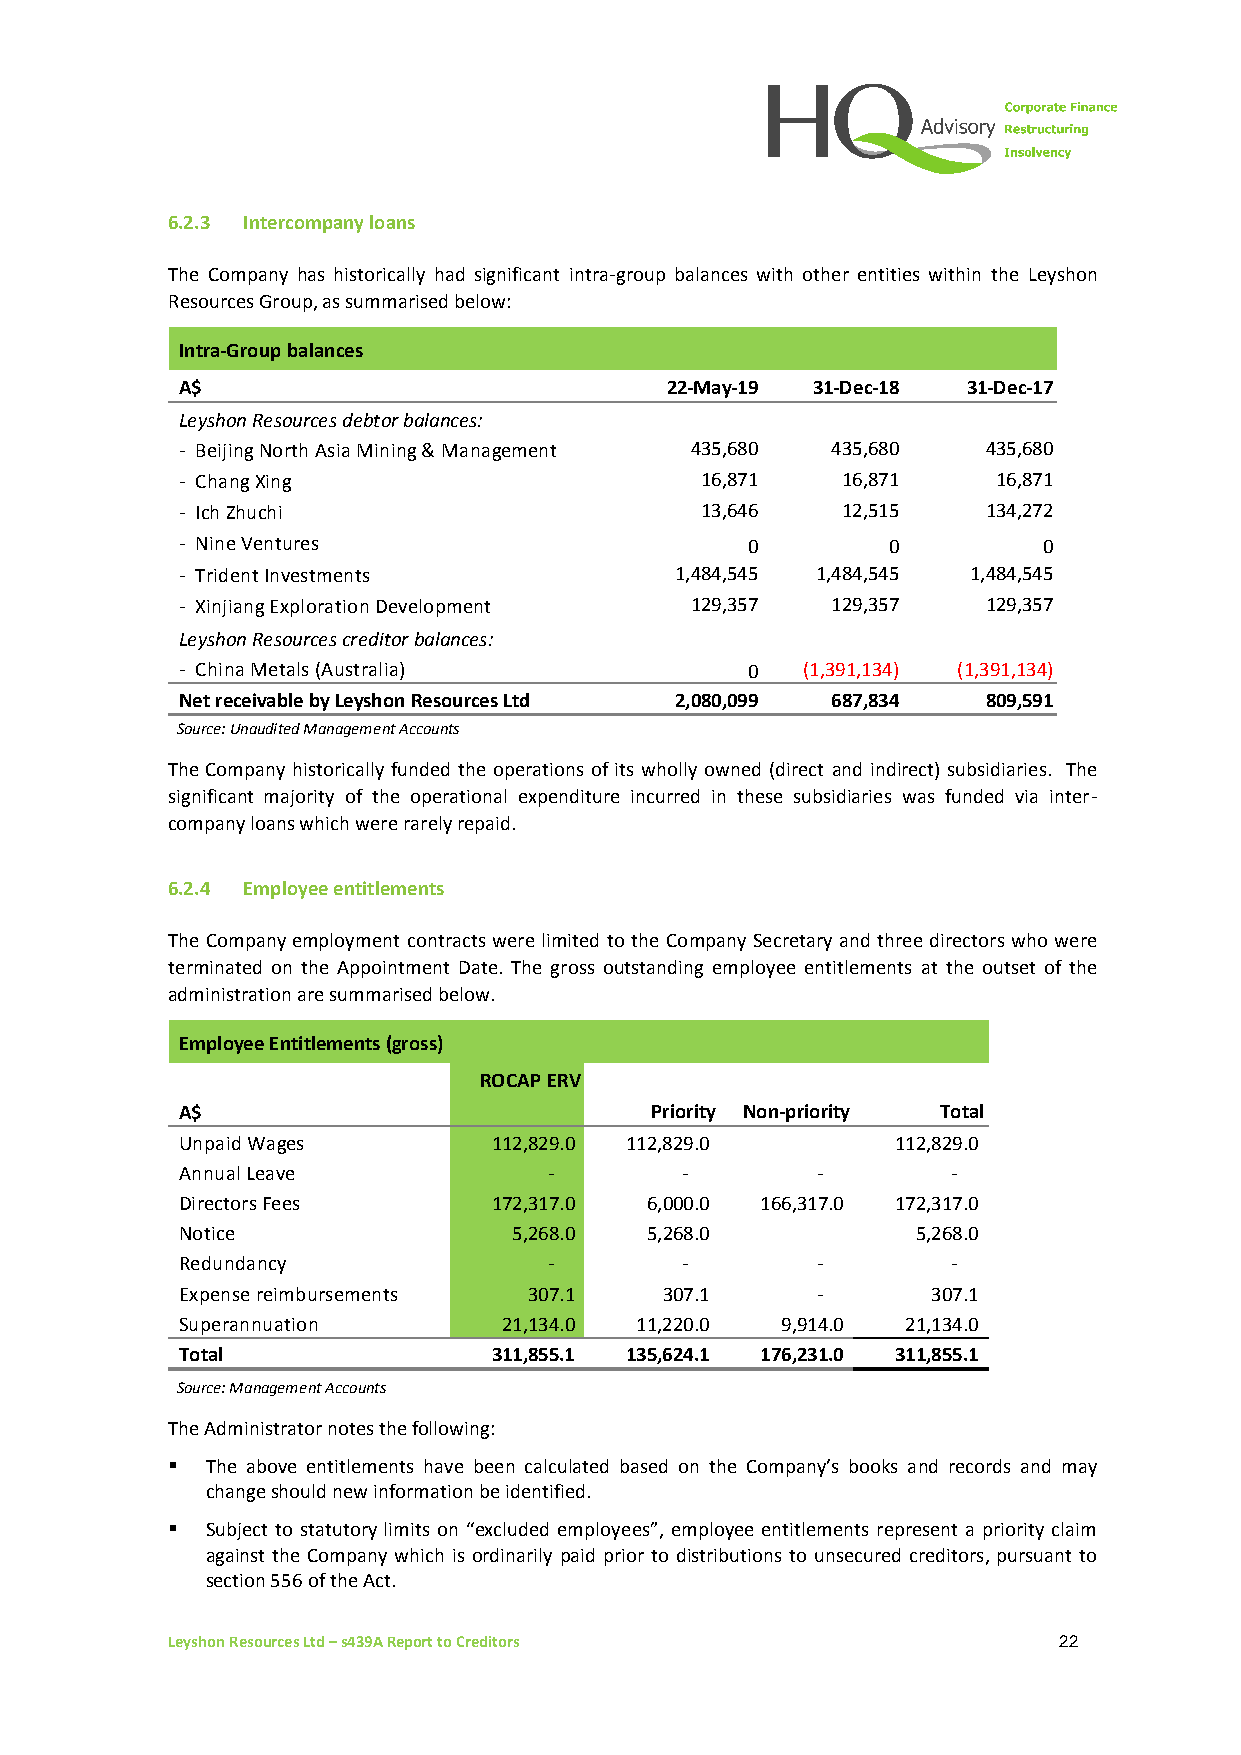
6.2.3 Intercompany loans
 The Company has historically had significant intra-group balances with other entities within the Leyshon
 Resources Group, as summarised below:
 Intra-Group balances
 A$                              22-May-19 31-Dec-18 31-Dec-17
 Leyshon Resources debtor balances:
 - Beijing North Asia Mining & Management 435,680 435,680 435,680
 - Chang Xing                      16,871    16,871    16,871
 - Ich Zhuchi                      13,646    12,515   134,272
 - Nine Ventures                      0         0         0
 - Trident Investments            1,484,545 1,484,545 1,484,545
 - Xinjiang Exploration Development 129,357 129,357   129,357
 Leyshon Resources creditor balances:
 - China Metals (Australia)           0   (1,391,134) (1,391,134)
 Net receivable by Leyshon Resources Ltd 2,080,099 687,834 809,591
 Source: Unaudited Management Accounts
 The Company historically funded the operations of its wholly owned (direct and indirect) subsidiaries. The
 significant majority of the operational expenditure incurred in these subsidiaries was funded via inter-
 company loans which were rarely repaid.
 6.2.4 Employee entitlements
 The Company employment contracts were limited to the Company Secretary and three directors who were
 terminated on the Appointment Date. The gross outstanding employee entitlements at the outset of the
 administration are summarised below.
 Employee Entitlements (gross)
 Directors'
 ROCAP ERV
 A$                             Priority Non-priority Total
 Unpaid Wages         1 12,829.0 1 12,829.0     1 12,829.0
 Annual Leave            -        -        -        -
 Directors Fees       1 72,317.0 6 ,000.0 1 66,317.0 1 72,317.0
 Notice                5 ,268.0 5 ,268.0          5 ,268.0
 Redundancy              -        -        -        -
 Expense reimbursements 3 07.1   3 07.1    -       3 07.1
 Superannuation       2 1,134.0 1 1,220.0 9 ,914.0 2 1,134.0
 Total                3 11,855.1 1 35,624.1 1 76,231.0 3 11,855.1
 Source: Management Accounts
 The Administrator notes the following:
 ▪  The above entitlements have been calculated based on the Company’s books and records and may
 change should new information be identified.
 ▪  Subject to statutory limits on “excluded employees”, employee entitlements represent a priority claim
 against the Company which is ordinarily paid prior to distributions to unsecured creditors, pursuant to
 section 556 of the Act.
 Leyshon Resources Ltd – s439A Report to Creditors          22